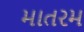
માતરમ